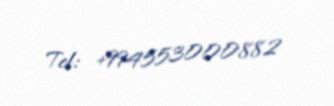
Tel: +994553000882